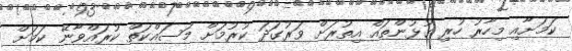
ކަމަށާއި މިހާރު ހުރި ގުޅުންތައް އިތުރަށް ވަރުގަދަ ކުރުމަށް މަސައްކަތް ކުރައްވާނޭ ކަމަށް